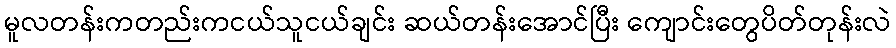
မူလတန်းကတည်းကငယ်သူငယ်ချင်း ဆယ်တန်းအောင်ပြီး ကျောင်းတွေပိတ်တုန်းလဲ